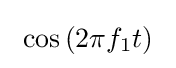
\ \cos \left(2\pi f_{1}t\right)\